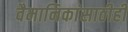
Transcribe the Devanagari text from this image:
वैमानिकांसाठीही